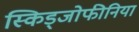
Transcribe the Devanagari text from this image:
स्किड्जोफीनिया